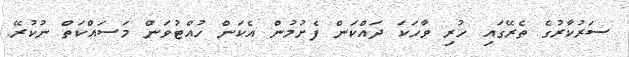
ސަރުކާރުގެ ތެރޭގައި ހުރި ވާހަކަ ދައްކަން ފެށުމުން އެކަން ހުއްޓުވަން މަސައްކަތް ނުކުރޭ.